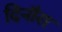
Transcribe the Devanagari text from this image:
दिनौरा